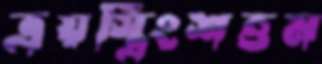
ত্রয়স্ত্রিংশত্তম